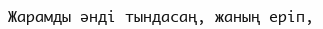
Жарамды әнді тындасаң, жаның еріп,